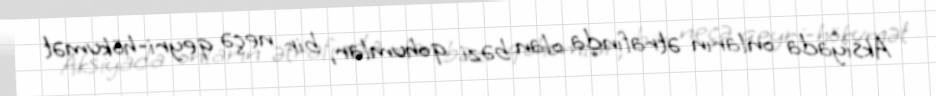
Aksiyada onların ətrafında olan bəzi qohumlar, bir neçə qeyri-hökumət